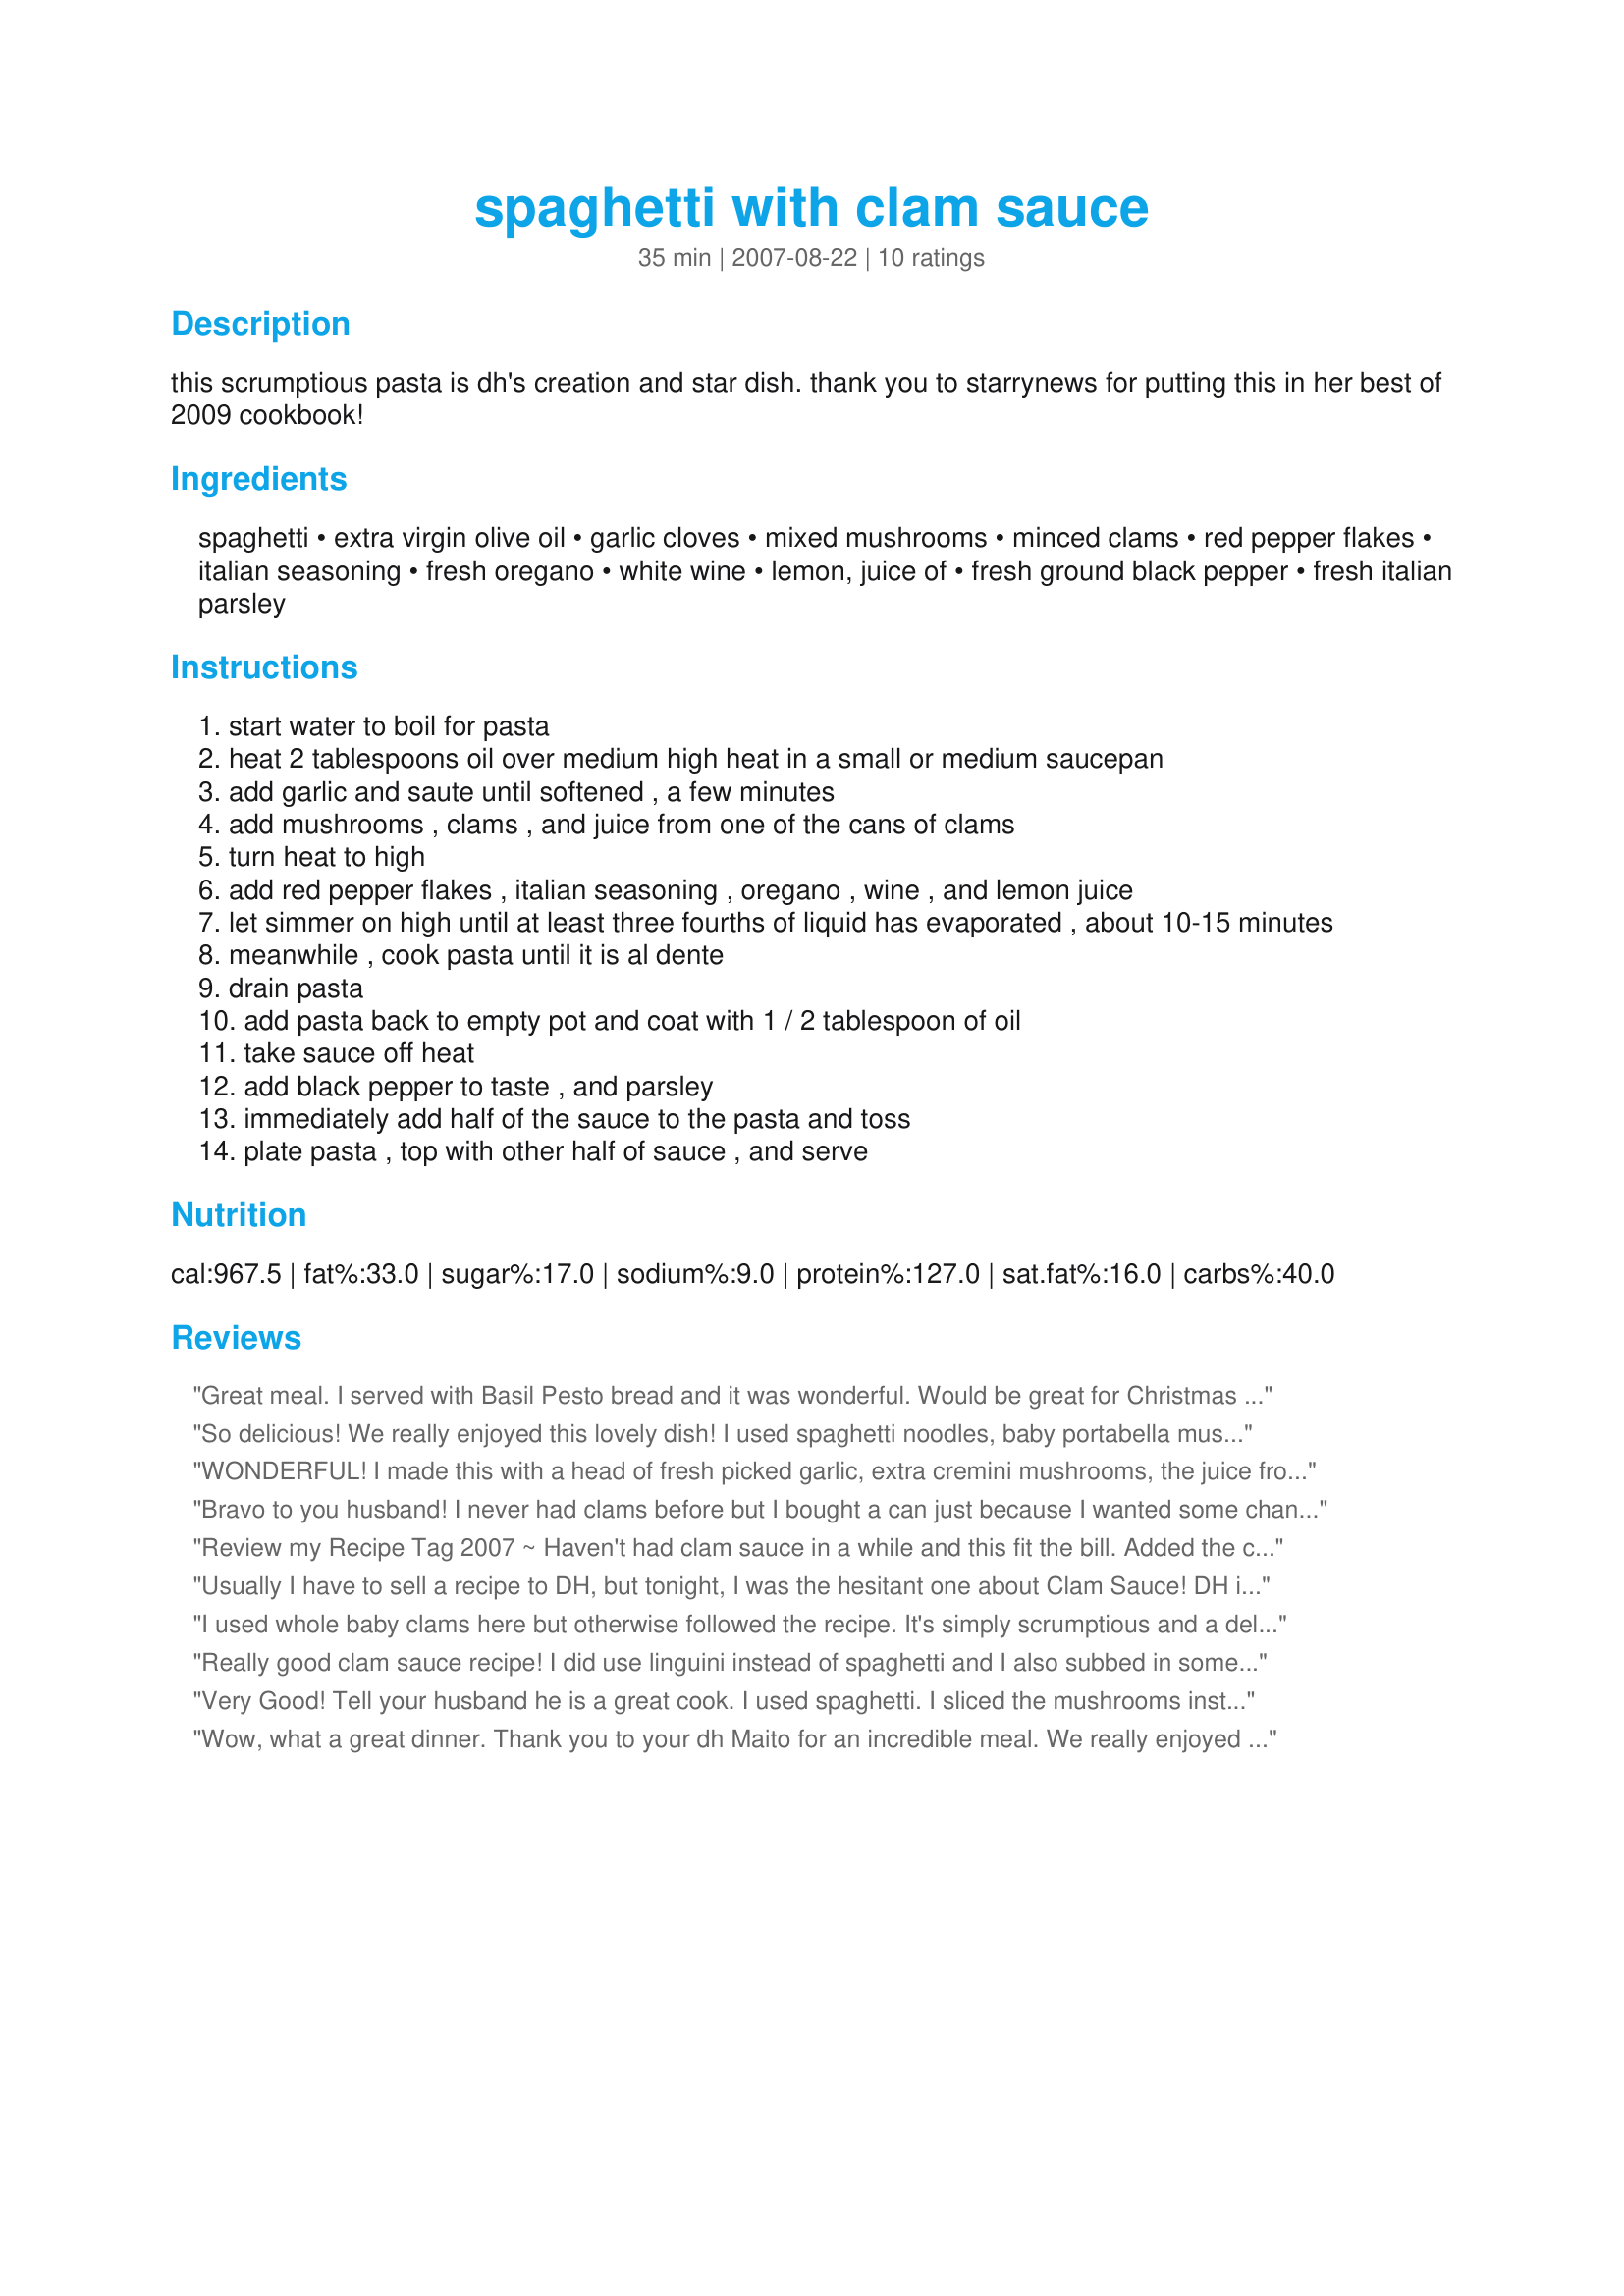
spaghetti with clam sauce
Preparation time: 35 minutes

this scrumptious pasta is dh's creation and star dish. thank you to starrynews for putting this in her best of 2009 cookbook!

Ingredients:
spaghetti, extra virgin olive oil, garlic cloves, mixed mushrooms, minced clams, red pepper flakes, italian seasoning, fresh oregano, white wine, lemon, juice of, fresh ground black pepper, fresh italian parsley

Steps:
start water to boil for pasta
heat 2 tablespoons oil over medium high heat in a small or medium saucepan
add garlic and saute until softened , a few minutes
add mushrooms , clams , and juice from one of the cans of clams
turn heat to high
add red pepper flakes , italian seasoning , oregano , wine , and lemon juice
let simmer on high until at least three fourths of liquid has evaporated , about 10-15 minutes
meanwhile , cook pasta until it is al dente
drain pasta
add pasta back to empty pot and coat with 1 / 2 tablespoon of oil
take sauce off heat
add black pepper to taste , and parsley
immediately add half of the sauce to the pasta and toss
plate pasta , top with other half of sauce , and serve

Reviews:
Great meal. I served with Basil Pesto bread and it was wonderful. Would be great for Christmas Eve.
So delicious! We really enjoyed this lovely dish! I used spaghetti noodles, baby portabella mushrooms, and the red pepper flakes. I also added chopped onion with the garlic, since we love onion. There were only two of us, so I cut the proportions down to fit 4 oz spaghetti, and it worked wonderfully! Served with broccoli, it made a lovely meal! Thanks for sharing!
WONDERFUL! I made this with a head of fresh picked garlic, extra cremini mushrooms, the juice from both cans of clams, vermouth, and added coarse salt. I thought I would want butter or cream in the sauce but it was FLAVOR FABULOUS as is. I also used a high fiber whole grain thin spaghetti. I think this is the best clam sauce I have ever tasted including from restaurants. Made for the ZWT4.
Bravo to you husband! I never had clams before but I bought a can just because I wanted some change in a dinner dish. I made this actually for lunch yesterday and cut it in half to serve two since I only had one can of clams. I used about 4 cloves of roasted garlic that I made the day before that I added at the end instead of minced garlic. Took about 10 minutes for the liquid to evaporate. Great dish!
Review my Recipe Tag 2007 ~ Haven't had clam sauce in a while and this fit the bill. Added the clam juice when indicated, but did not add the clams themselves until the very end, just to heat them through. I know from personal experience that you should not cook canned clams for very long as they will toughen and become chewy, especially since they are already cooked. Thanks Maito!
Usually I have to sell a recipe to DH, but tonight, I was the hesitant one about Clam Sauce! DH is used to some Italian-Americans making it for a sporting club. I have avoided recipes for spaghetti that don't involve cans of tomato product. DH had critiques requesting bigger pieces of clam so he could taste the clam easily so I would try whole baby clams next time. I was not sure at all I would like this dish, plain and simple. But I did enjoy it very much, despite my prejudices. I was surprised that the recipe did indeed need an entire bunch of parsley. I splurged on DeCecco spaghetti noodles, the best noodles at my local market, and I was glad I did. I made the recipe with 10 oz. of spaghetti noodles, although there were only 2 of us. I must have been beguiled, because we ate all of the recipe during one dinner! So you converted me, Maito! Thank you for sharing this recipe! Made &quot;For Your Consideration&quot;.
I used whole baby clams here but otherwise followed the recipe. It's simply scrumptious and a delightful change from &quot;the usual&quot;. This is certainly something that I'll be making again fairly soon.
Really good clam sauce recipe! I did use linguini instead of spaghetti and I also subbed in some fresh steamer clams for one of the cans of clams plus I also added a 10 oz can of baby clams. Really, can you have too many clams in clam sauce?? LOL. I used the red pepper flakes which I thought was a great touch. Thanks!! Made for the Babes of ZWT4.
Very Good! Tell your husband he is a great cook. I used spaghetti. I sliced the mushrooms instead of chopping them, used 1/4 t. red pepper flakes and made as directed. Next time I will take the sauce down to only half. We would have liked more sauce with our pasta. Made for Maito's win in The Best of Cookbook Swap.
Wow, what a great dinner. Thank you to your dh Maito for an incredible meal. We really enjoyed this treat but would have liked more sauce with our pasta. Next time and there will be a next time, I will not cook the sauce down as much. I used what I had in the house to make this great dish. I did follow the recipe and used all ingredients except that I used two types of clams, spagettini and linguini noodles, cremei mushrooms and 1/2 tsp of red pepper flakes. Thank you so much for this recipe that goes into my keeperbox. :)
